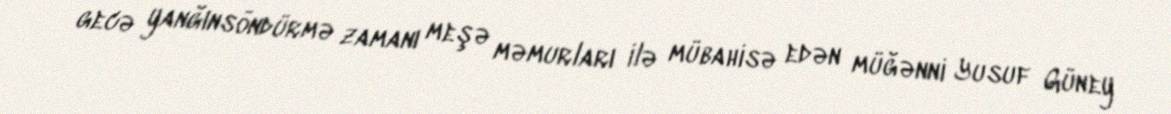
gecə yanğınsöndürmə zamanı meşə məmurları ilə mübahisə edən müğənni Yusuf Güney